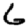
Digit: 6